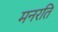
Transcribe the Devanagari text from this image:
मनरति